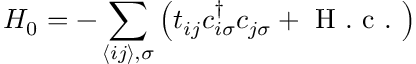
H _ { 0 } = - \sum _ { \langle i j \rangle , \sigma } \left( t _ { i j } c _ { i \sigma } ^ { \dagger } c _ { j \sigma } + \mathrm { ~ H ~ . ~ c ~ . ~ } \right)